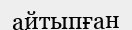
айтыпған